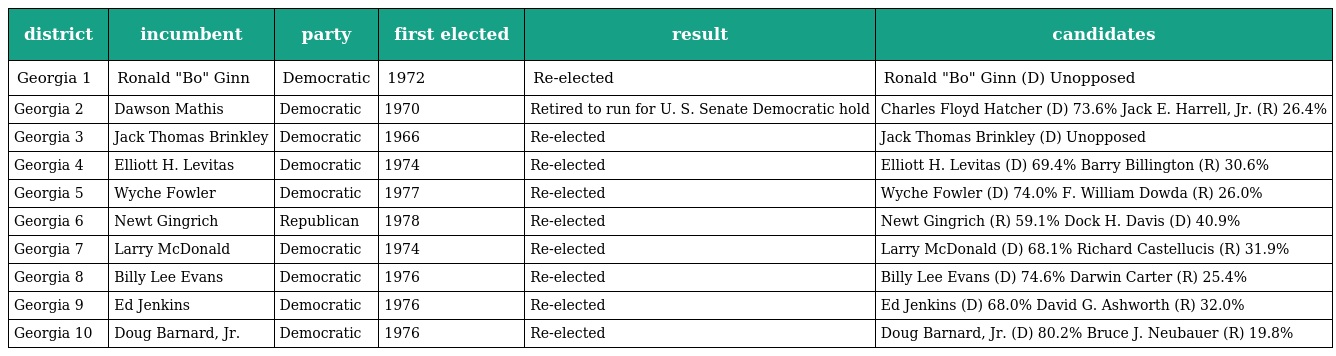
| district | incumbent | party | first elected | result | candidates |
 | --- | --- | --- | --- | --- | --- |
 | Georgia 1 | Ronald "Bo" Ginn | Democratic | 1972 | Re-elected | Ronald "Bo" Ginn (D) Unopposed |
 | Georgia 2 | Dawson Mathis | Democratic | 1970 | Retired to run for U. S. Senate Democratic hold | Charles Floyd Hatcher (D) 73.6% Jack E. Harrell, Jr. (R) 26.4% |
 | Georgia 3 | Jack Thomas Brinkley | Democratic | 1966 | Re-elected | Jack Thomas Brinkley (D) Unopposed |
 | Georgia 4 | Elliott H. Levitas | Democratic | 1974 | Re-elected | Elliott H. Levitas (D) 69.4% Barry Billington (R) 30.6% |
 | Georgia 5 | Wyche Fowler | Democratic | 1977 | Re-elected | Wyche Fowler (D) 74.0% F. William Dowda (R) 26.0% |
 | Georgia 6 | Newt Gingrich | Republican | 1978 | Re-elected | Newt Gingrich (R) 59.1% Dock H. Davis (D) 40.9% |
 | Georgia 7 | Larry McDonald | Democratic | 1974 | Re-elected | Larry McDonald (D) 68.1% Richard Castellucis (R) 31.9% |
 | Georgia 8 | Billy Lee Evans | Democratic | 1976 | Re-elected | Billy Lee Evans (D) 74.6% Darwin Carter (R) 25.4% |
 | Georgia 9 | Ed Jenkins | Democratic | 1976 | Re-elected | Ed Jenkins (D) 68.0% David G. Ashworth (R) 32.0% |
 | Georgia 10 | Doug Barnard, Jr. | Democratic | 1976 | Re-elected | Doug Barnard, Jr. (D) 80.2% Bruce J. Neubauer (R) 19.8% |